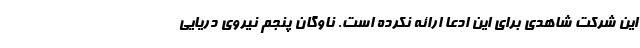
این شرکت شاهدی برای این ادعا ارائه نکرده است. ناوگان پنجم نیروی دریایی